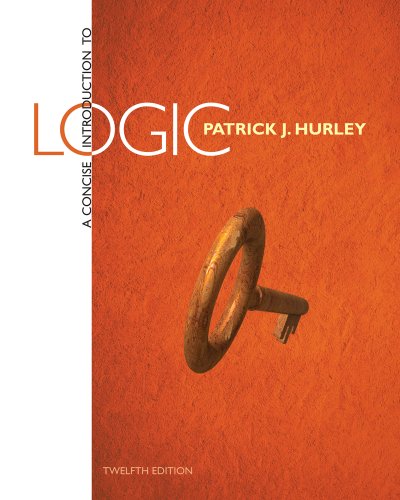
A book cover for A Concise Introduction to Logic; Patrick J. Hurley; Politics & Social Sciences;